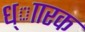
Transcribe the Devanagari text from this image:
ध्ाारक